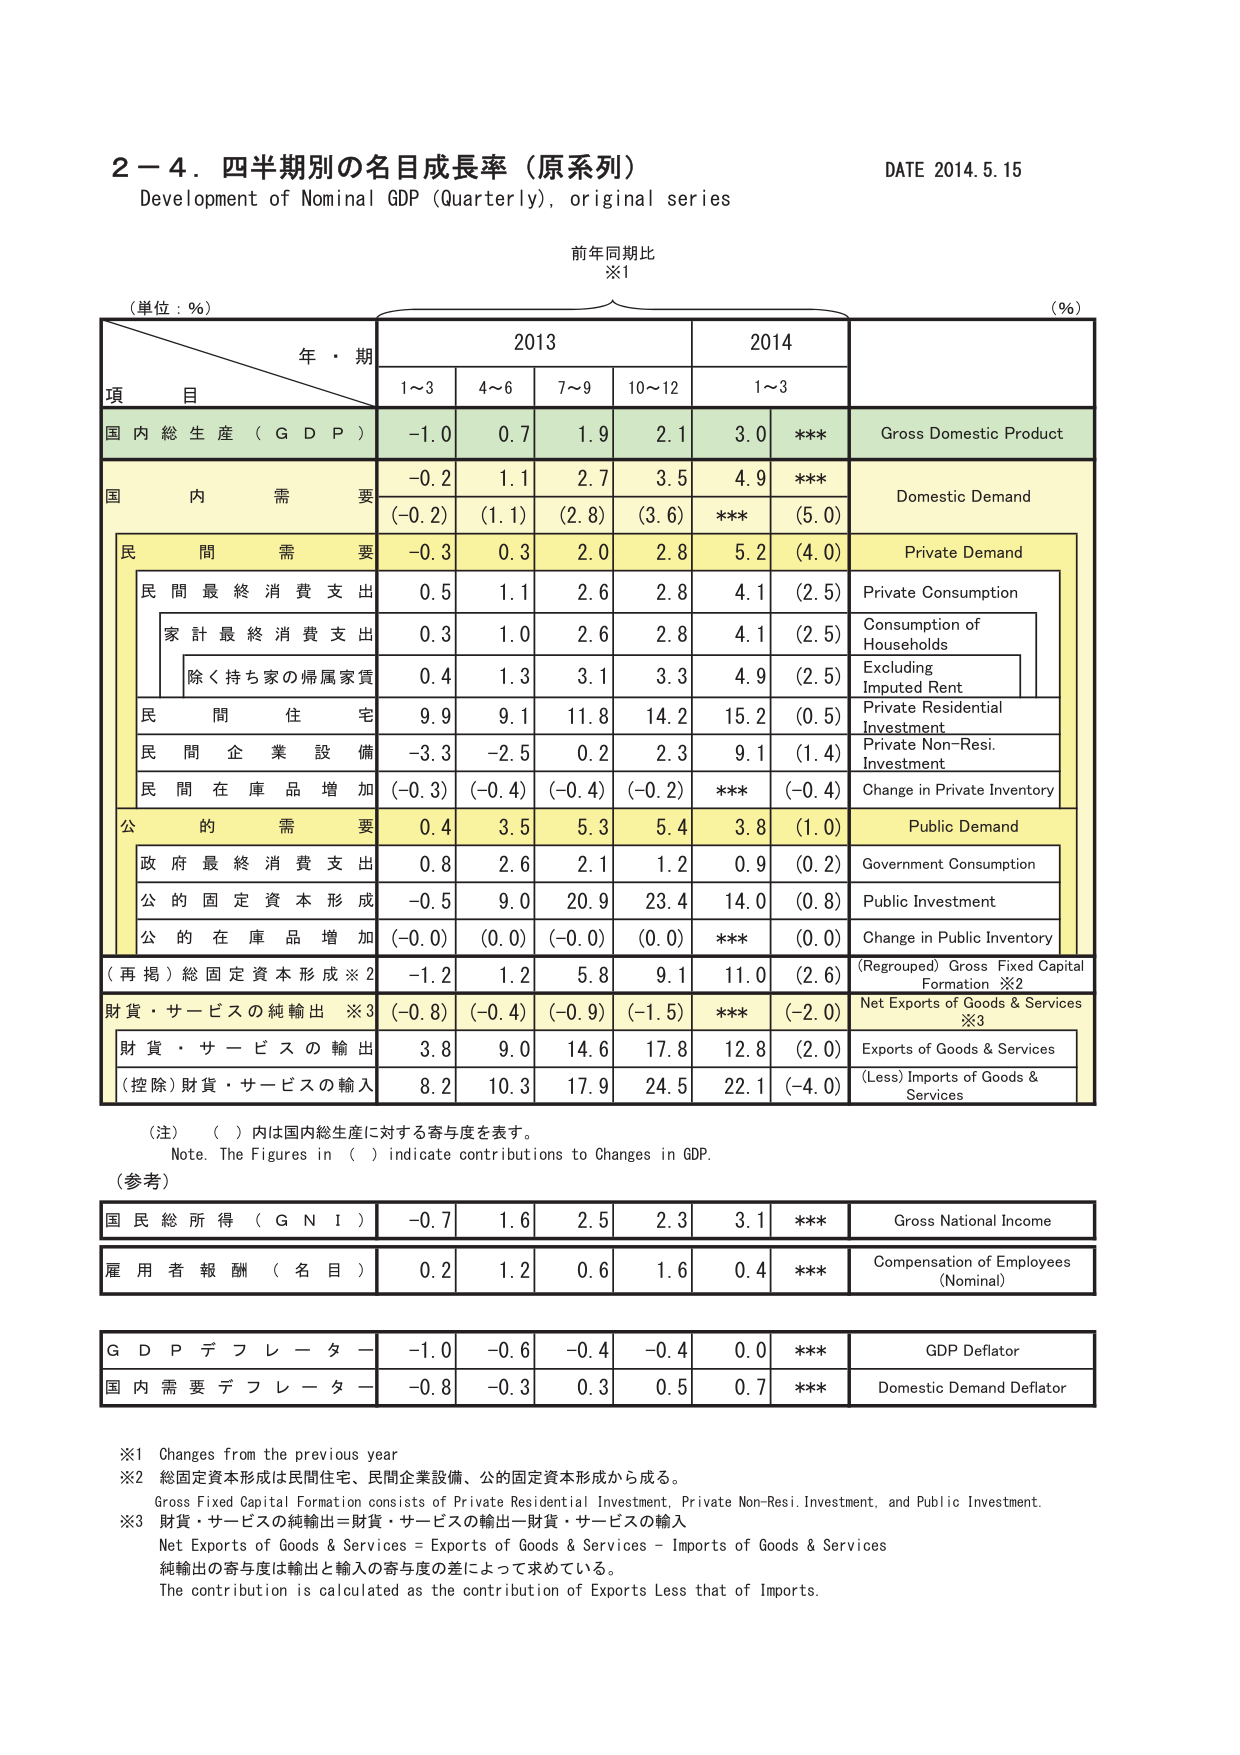
2－4．四半期別の名目成長率（原系列）
Development of Nominal GDP (Quarterly), original series
DATE 2014.5.15

前年同期比
※1

（単位：％）
年・期
2013
2014
（％）

項　目
1～3
4～6
7～9
10～12
1～3

国内総生産（GDP）
-1.0
0.7
1.9
2.1
3.0
***
Gross Domestic Product

国内需要
-0.2
1.1
2.7
3.5
4.9
***
Domestic Demand
(-0.2)
(1.1)
(2.8)
(3.6)
***
(5.0)

民間需要
-0.3
0.3
2.0
2.8
5.2
(4.0)
Private Demand

民間最終消費支出
0.5
1.1
2.6
2.8
4.1
(2.5)
Private Consumption

家計最終消費支出
0.3
1.0
2.6
2.8
4.1
(2.5)
Consumption of Households

除く持ち家の帰属家賃
0.4
1.3
3.1
3.3
4.9
(2.5)
Excluding Imputed Rent

民間住宅
9.9
9.1
11.8
14.2
15.2
(0.5)
Private Residential Investment

民間企業設備
-3.3
-2.5
0.2
2.3
9.1
(1.4)
Private Non-Resi. Investment

民間在庫品増加
(-0.3)
(-0.4)
(-0.4)
(-0.2)
***
(-0.4)
Change in Private Inventory

公的需要
0.4
3.5
5.3
5.4
3.8
(1.0)
Public Demand

政府最終消費支出
0.8
2.6
2.1
1.2
0.9
(0.2)
Government Consumption

公的固定資本形成
-0.5
9.0
20.9
23.4
14.0
(0.8)
Public Investment

公的在庫品増加
(-0.0)
(0.0)
(-0.0)
(0.0)
***
(0.0)
Change in Public Inventory

（再掲）総固定資本形成※2
-1.2
1.2
5.8
9.1
11.0
(2.6)
(Regrouped) Gross Fixed Capital Formation ※2

財貨・サービスの純輸出※3
(-0.8)
(-0.4)
(-0.9)
(-1.5)
***
(-2.0)
Net Exports of Goods & Services ※3

財貨・サービスの輸出
3.8
9.0
14.6
17.8
12.8
(2.0)
Exports of Goods & Services

（控除）財貨・サービスの輸入
8.2
10.3
17.9
24.5
22.1
(-4.0)
(Less) Imports of Goods & Services

（注）（ ）内は国内総生産に対する寄与度を表す。
Note. The Figures in ( ) indicate contributions to Changes in GDP.

（参考）

国民総所得（GNI）
-0.7
1.6
2.5
2.3
3.1
***
Gross National Income

雇用者報酬（名目）
0.2
1.2
0.6
1.6
0.4
***
Compensation of Employees (Nominal)

GDPデフレーター
-1.0
-0.6
-0.4
-0.4
0.0
***
GDP Deflator

国内需要デフレーター
-0.8
-0.3
0.3
0.5
0.7
***
Domestic Demand Deflator

※1 Changes from the previous year
※2 総固定資本形成は民間住宅、民間企業設備、公的固定資本形成から成る。
Gross Fixed Capital Formation consists of Private Residential Investment, Private Non-Resi. Investment, and Public Investment.
※3 財貨・サービスの純輸出＝財貨・サービスの輸出－財貨・サービスの輸入
Net Exports of Goods & Services = Exports of Goods & Services - Imports of Goods & Services
純輸出の寄与度は輸出と輸入の寄与度の差によって求めている。
The contribution is calculated as the contribution of Exports Less that of Imports.